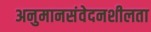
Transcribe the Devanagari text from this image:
अनुमानसंवेदनशीलता